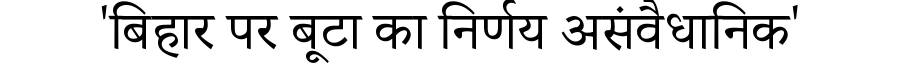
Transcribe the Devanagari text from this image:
'बिहार पर बूटा का निर्णय असंवैधानिक'